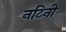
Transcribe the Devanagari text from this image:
नटिनी